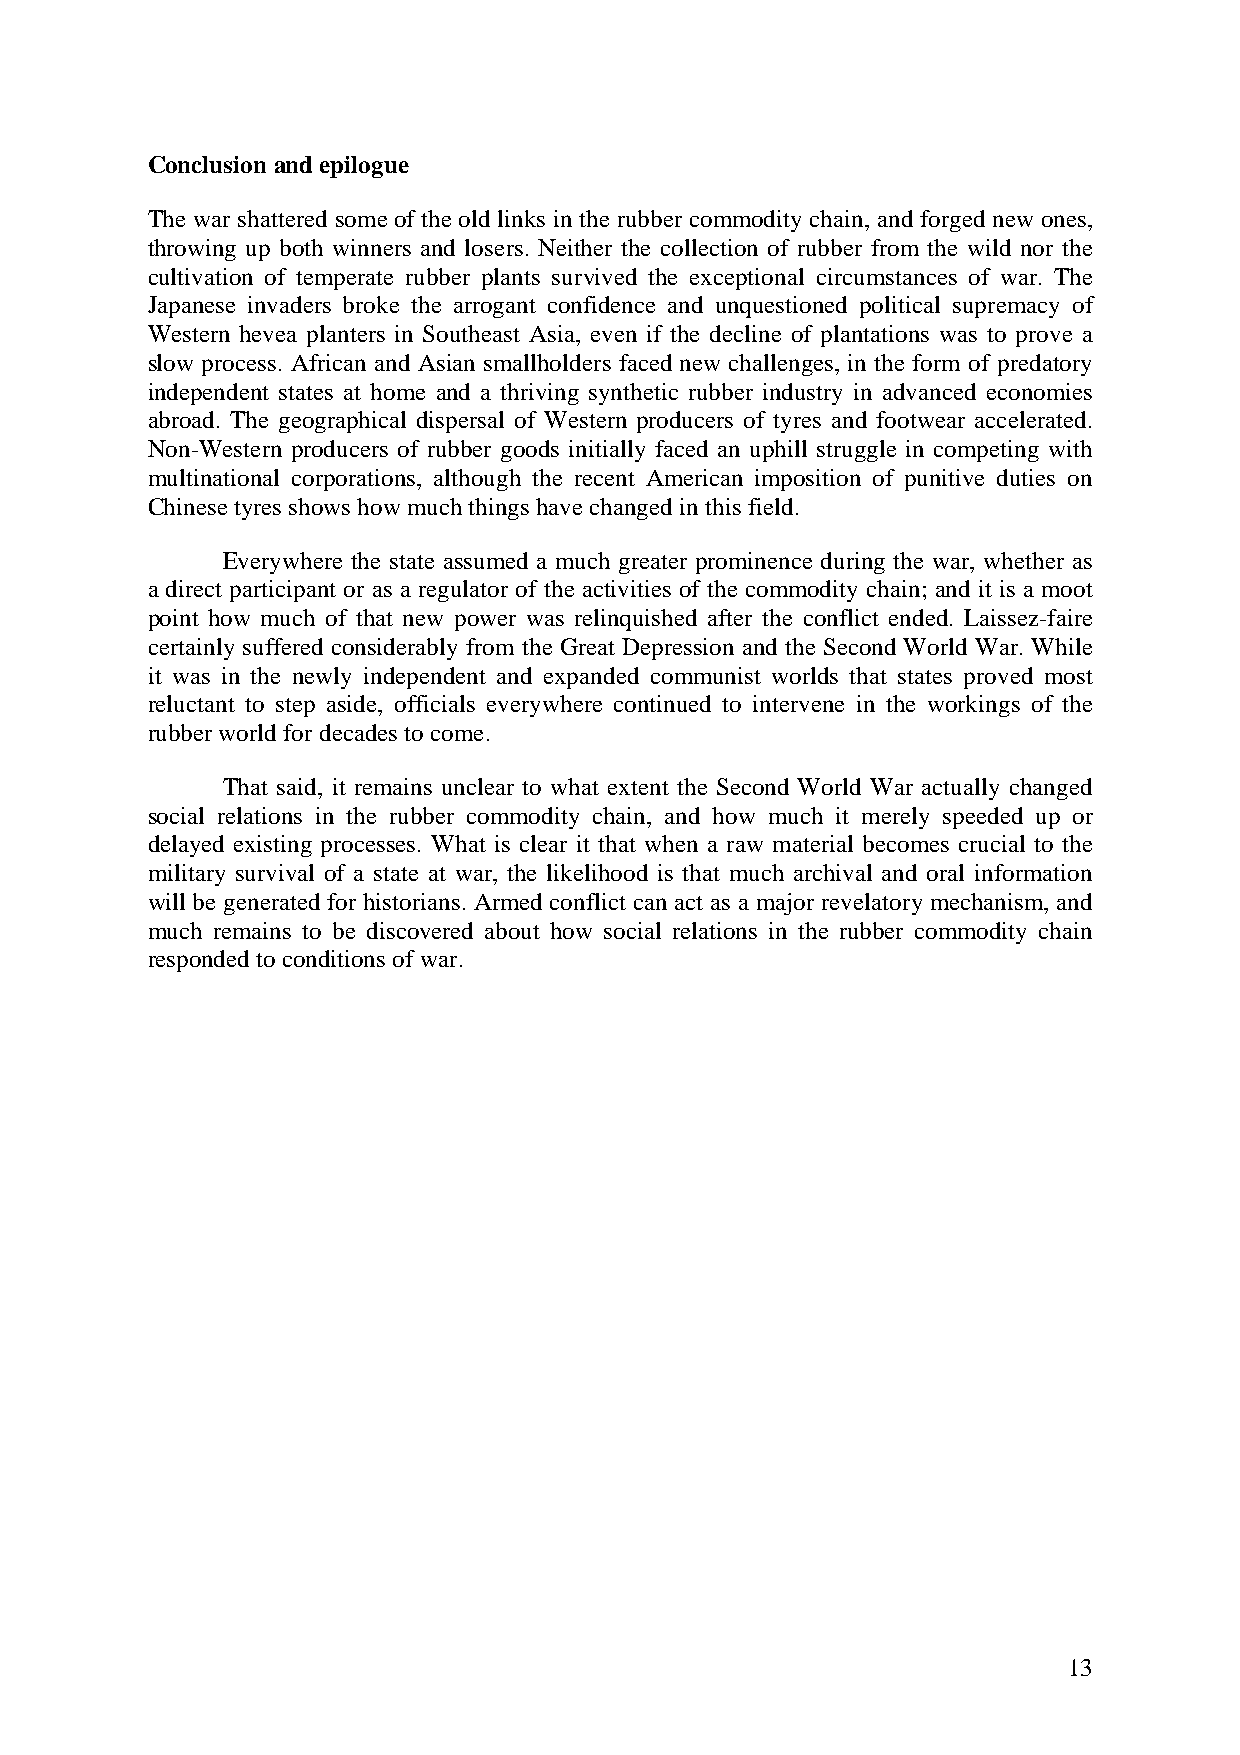
Conclusion andepilogue
 The war shattered some of the old links in the rubber commodity chain, and forged new ones,
 throwing up both winners and losers. Neither the collection of rubber from the wild nor the
 cultivation of temperate rubber plants survived the exceptional circumstances of war. The
 Japanese invaders broke the arrogant confidence and unquestioned political supremacy of
 Western hevea planters in Southeast Asia, even if the decline of plantations was to prove a
 slow process. African and Asian smallholders faced new challenges, in the form of predatory
 independent states at home and a thriving synthetic rubber industry in advanced economies
 abroad. The geographical dispersal of Western producers of tyres and footwear accelerated.
 Non-Western producers of rubber goods initially faced an uphill struggle in competing with
 multinational corporations, although the recent American imposition of punitive duties on
 Chinese tyres shows how much things have changedinthis field.
 Everywhere the state assumed a much greater prominence during the war, whether as
 a direct participant or as a regulator of the activities of the commodity chain; and it is a moot
 point how much of that new power was relinquished after the conflict ended. Laissez-faire
 certainly suffered considerably from the Great Depression and the Second World War. While
 it was in the newly independent and expanded communist worlds that states proved most
 reluctant to step aside, officials everywhere continued to intervene in the workings of the
 rubberworldfordecades tocome.
 That said, it remains unclear to what extent the Second World War actually changed
 social relations in the rubber commodity chain, and how much it merely speeded up or
 delayed existing processes. What is clear it that when a raw material becomes crucial to the
 military survival of a state at war, the likelihood is that much archival and oral information
 will be generated for historians. Armed conflict can act as a major revelatory mechanism, and
 much remains to be discovered about how social relations in the rubber commodity chain
 responded toconditions ofwar.
 13